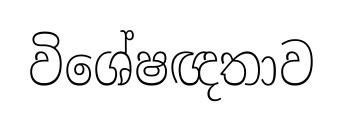
විශේෂඥතාව